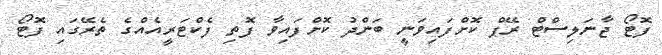
ފޮޓޯ ޖާނަލިސްޓް ރޭޕް ކޮށްފައިވަނީ ބަންދު ކޮށްފައިވާ ފޮތި ފެކްޓަރީއެއްގެ ތެރޭގައި ފޮޓޯ